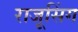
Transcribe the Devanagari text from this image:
राजूसिंग